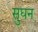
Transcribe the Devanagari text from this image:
सुघन